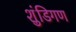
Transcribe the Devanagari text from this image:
शुंडिगण